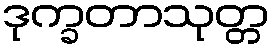
ဒုက္ခတာသုတ္တ